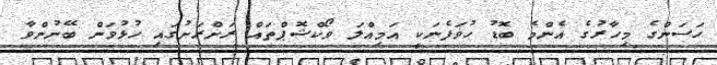
ހަސަންގެ މިހާރުގެ އެންމެ ބޮޑު ހުވަފެނަކީ އަމިއްލަ ވޯކްޝޮޕްތައް ރަށްރަށުގައި ހުޅުވަން ބޭނުންވާ